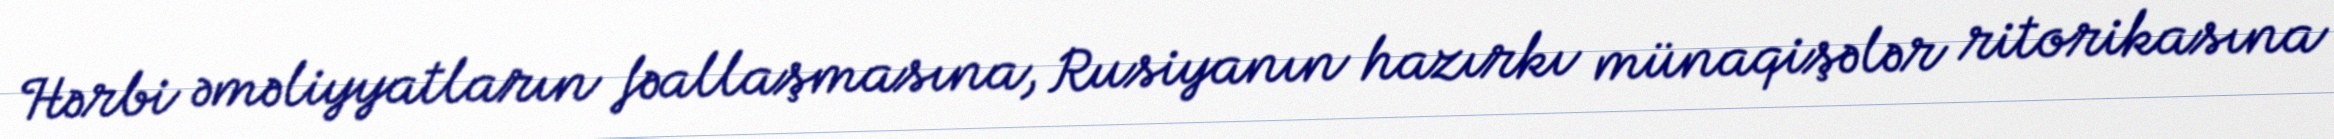
Hərbi əməliyyatların fəallaşmasına, Rusiyanın hazırkı münaqişələr ritorikasına